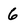
Character: 6